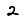
Digit: 2